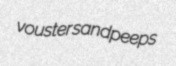
vouster sandpeeps